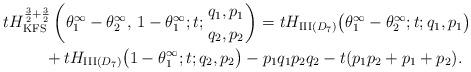
LaTeX: \begin{gather*} tH_{\mathrm{KFS}}^{\frac32+\frac32}\left(\theta^\infty_1-\theta^\infty_2,\, 1-\theta^\infty_1 ;t; {q_1,p_1 \atop q_2,p_2}\right) =tH_{\mathrm{III}(D_7)}\big( \theta^\infty_1-\theta^\infty_2; t; q_1,p_1 \big)\\\qquad{} +tH_{\mathrm{III}(D_7)}\big( 1-\theta^\infty_1; t; q_2,p_2\big)-p_1q_1p_2q_2-t(p_1p_2+p_1+p_2).\end{gather*}